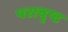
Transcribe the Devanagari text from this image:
परावृष्ट